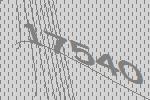
17540